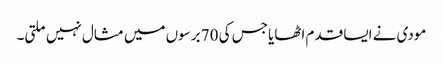
مودی نے ایسا قدم اٹھایا جس کی 70 برسوں میں مثال نہیں ملتی۔